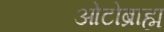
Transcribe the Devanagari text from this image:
ओटोब्राह्म